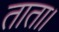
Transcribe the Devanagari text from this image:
ताता।